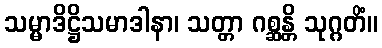
သမ္မာဒိဋ္ဌိသမာဒါနာ၊ သတ္တာ ဂစ္ဆန္တိ သုဂ္ဂတိံ။